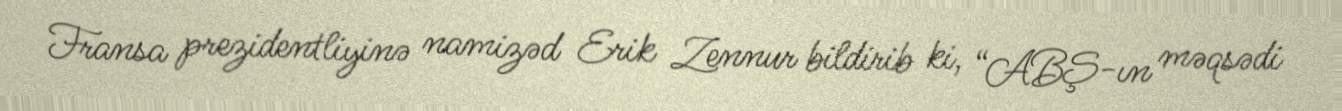
Fransa prezidentliyinə namizəd Erik Zennur bildirib ki, “ABŞ-ın məqsədi